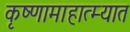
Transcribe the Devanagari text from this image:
कृष्णामाहात्म्यात